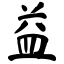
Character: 益